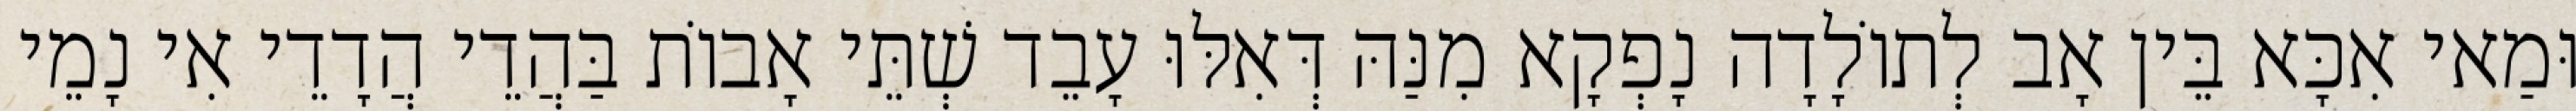
וּמַאי אִכָּא בֵּין אָב לְתוֹלָדָה נָפְקָא מִנַּהּ דְּאִלּוּ עָבֵד שְׁתֵּי אָבוֹת בַּהֲדֵי הֲדָדֵי אִי נָמֵי